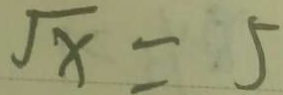
\sqrt { x } = 5